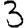
Digit: 3